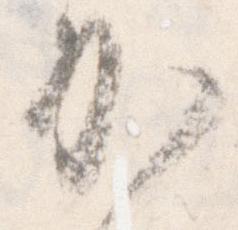
加